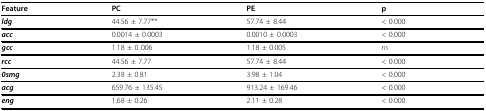
<table><thead><tr><td><b>Feature</b></td><td><b>PC</b></td><td><b>PE</b></td><td><b>p</b></td></tr></thead><tbody><tr><td><b><i>ldg</i></b></td><td>44.56 ± 7.77**</td><td>57.74 ± 8.44</td><td>&lt; 0.000</td></tr><tr><td><b><i>acc</i></b></td><td>0.0014 ± 0.0003</td><td>0.0010 ± 0.0003</td><td>&lt; 0.000</td></tr><tr><td><b><i>gcc</i></b></td><td>1.18 ± 0..006</td><td>1.18 ± 0.005</td><td><i>ns</i></td></tr><tr><td><b><i>rcc</i></b></td><td>44.56 ± 7.77</td><td>57.74 ± 8.44</td><td>&lt; 0.000</td></tr><tr><td><b><i>0smg</i></b></td><td>2.38 ± 0.81</td><td>3.98 ± 1.04</td><td>&lt; 0.000</td></tr><tr><td><b><i>acg</i></b></td><td>659.76 ± 135.45</td><td>913.24 ± 169.46</td><td>&lt; 0.000</td></tr><tr><td><b><i>eng</i></b></td><td>1.68 ± 0.26</td><td>2.11 ± 0.28</td><td>&lt; 0.000</td></tr></tbody></table>